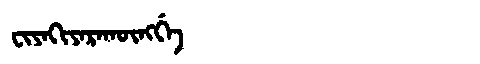
Manchu: ᠸᡳᠶᠠᡴᡳᠶᠠᡵᠠᡴᡡᠩᡤᡝ
Romanization: FIYAKIYARAKŪNGGE